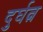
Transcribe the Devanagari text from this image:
दुर्घत्न